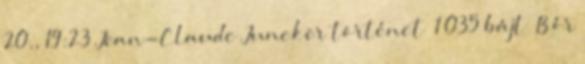
20., 19:23 ‎Jean-Claude Juncker történet ‎ 1 035 bájt ‎Bór